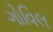
ગોવિલ